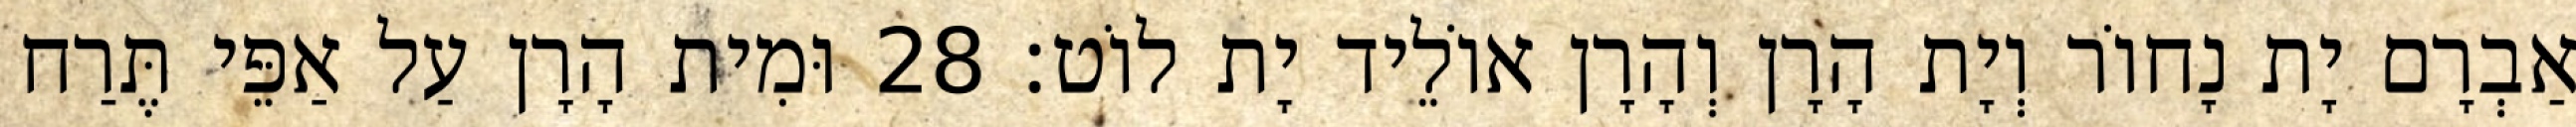
אַבְרָם יָת נָחוֹר וְיָת הָרָן וְהָרָן אוֹלֵיד יָת לוֹט׃ 28 וּמִית הָרָן עַל אַפֵּי תֶּרַח